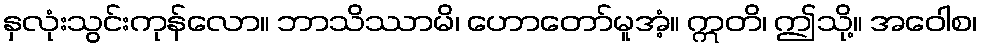
နှလုံးသွင်းကုန်လော။ ဘာသိဿာမိ၊ ဟောတော်မူအံ့။ ဣတိ၊ ဤသို့။ အဝေါစ၊